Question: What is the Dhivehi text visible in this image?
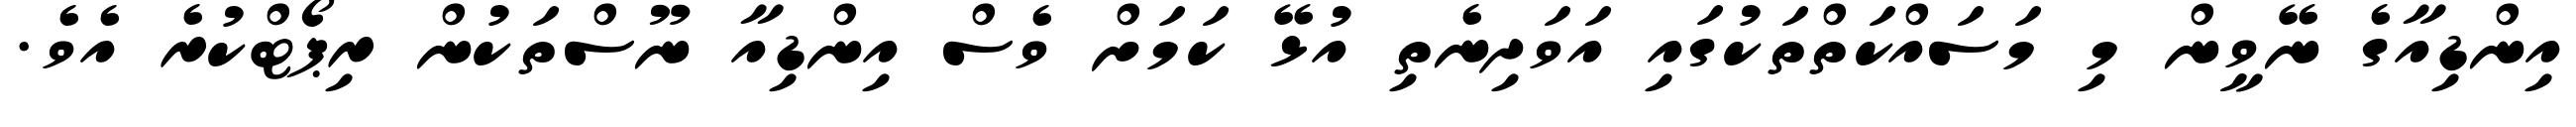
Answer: އިންޑިއާގެ ނޭވީން މި މަސައްކަތްތަކުގައި އަވަދިނެތި އުޅޭ ކަމަށް ވެސް އިންޑިއާ ނޫސްތަކުން ރިޕޯޓްކުރެ އެވެ.